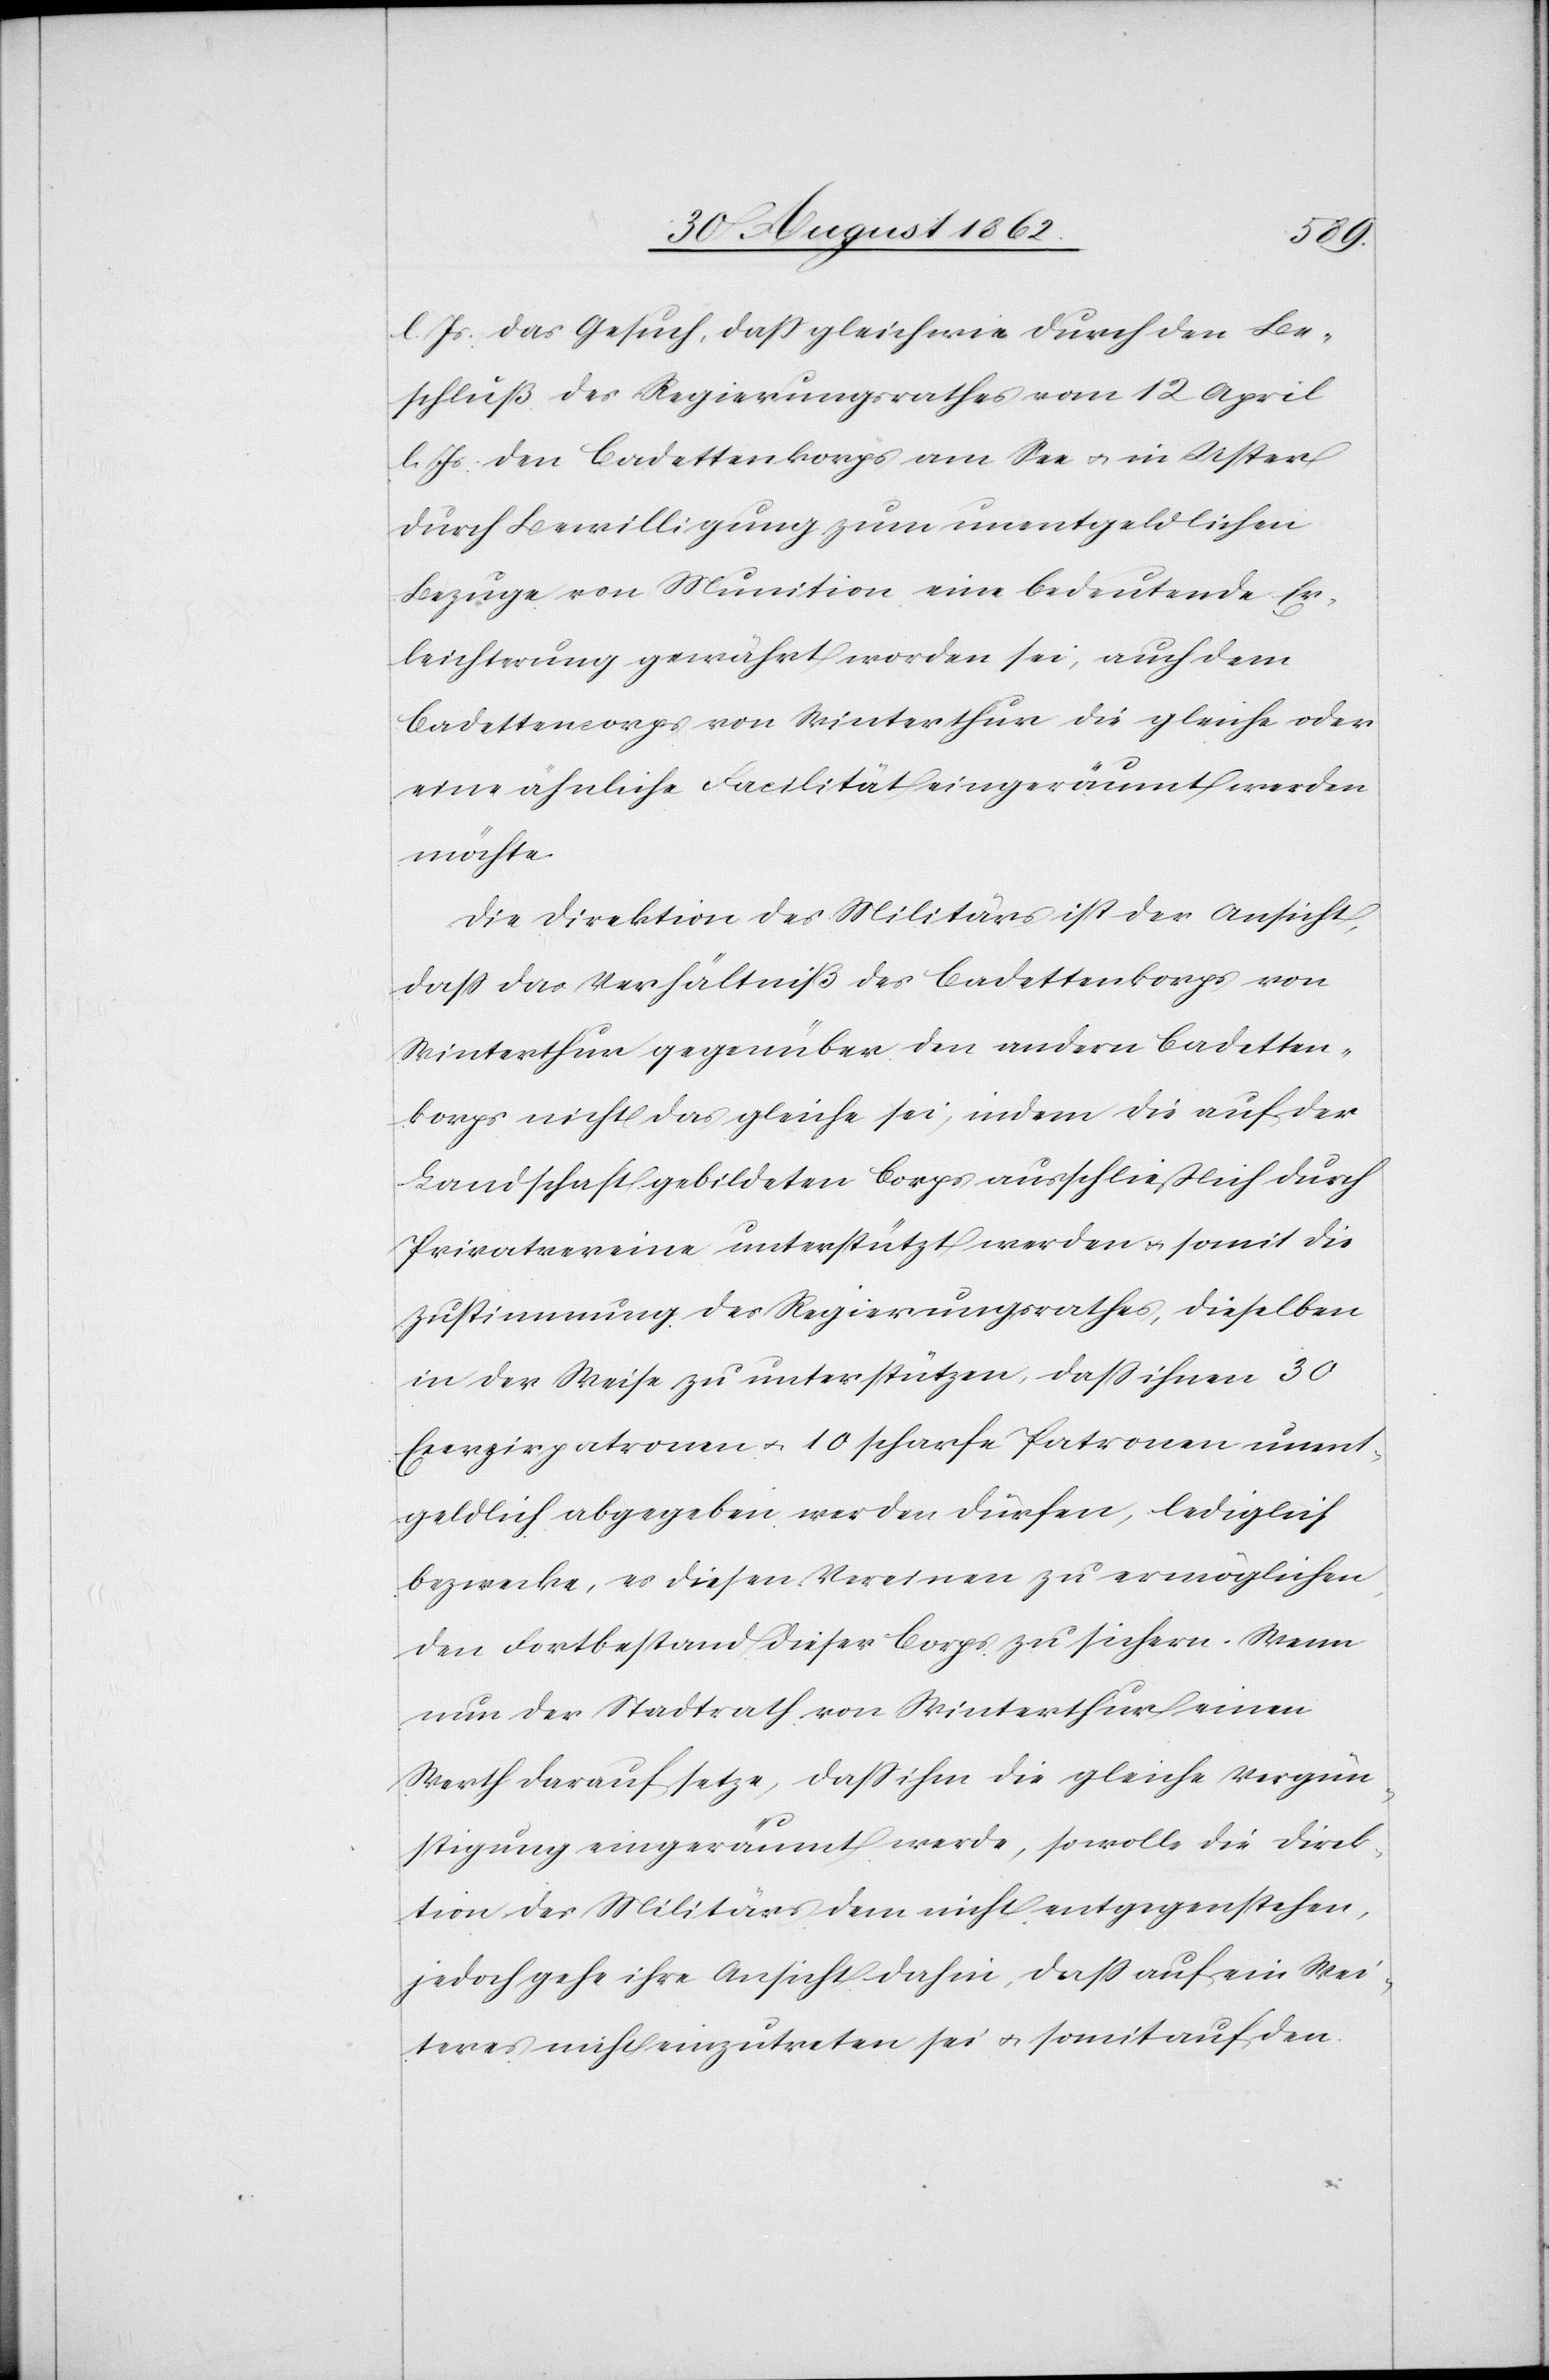
l. Js. das Gesuch, daß gleichwie durch den Be¬
schluß des Regierungsrathes vom 12. April
l. Js. den Cadettenkorps am See u. in Uster
durch Bewilligung zum unentgeldlichen
Bezuge von Munition eine bedeutende Er¬
leichterung gewährt worden sei, auch dem
Cadettencorps von Winterthur die gleiche oder
eine ähnliche Facilität eingeräumt werden
möchte.
Die Direktion des Militärs ist der Ansicht,
daß das Verhältniß des Cadettenkorps von
Winterthur gegenüber den andern Cadetten¬
korps nicht das gleiche sei, indem die auf der
Landschaft gebildeten Corps ausschließlich durch
Privatvereine unterstützt werden u. somit die
Zustimmung des Regierungsrathes, dieselben
in der Weise zu unterstützen, daß ihnen 30
Exerzirpatronen u. 10 scharfe Patronen unent¬
geldlich abgegeben werden dürfen, lediglich
bezwecke, es diesen Vereinen zu ermöglichen,
den Fortbestand dieser Corps zu sichern. Wenn
nun der Stadtrath von Winterthur einen
Werth darauf setze, daß ihm die gleiche Vergün¬
stigung eingeräumt werde, sowoll die Direk¬
tion des Militärs dem nicht entgegenstehen,
jedoch gehe ihre Ansicht dahin, daß auf ein Wei¬
teres nicht einzutreten sei u. somit auf den